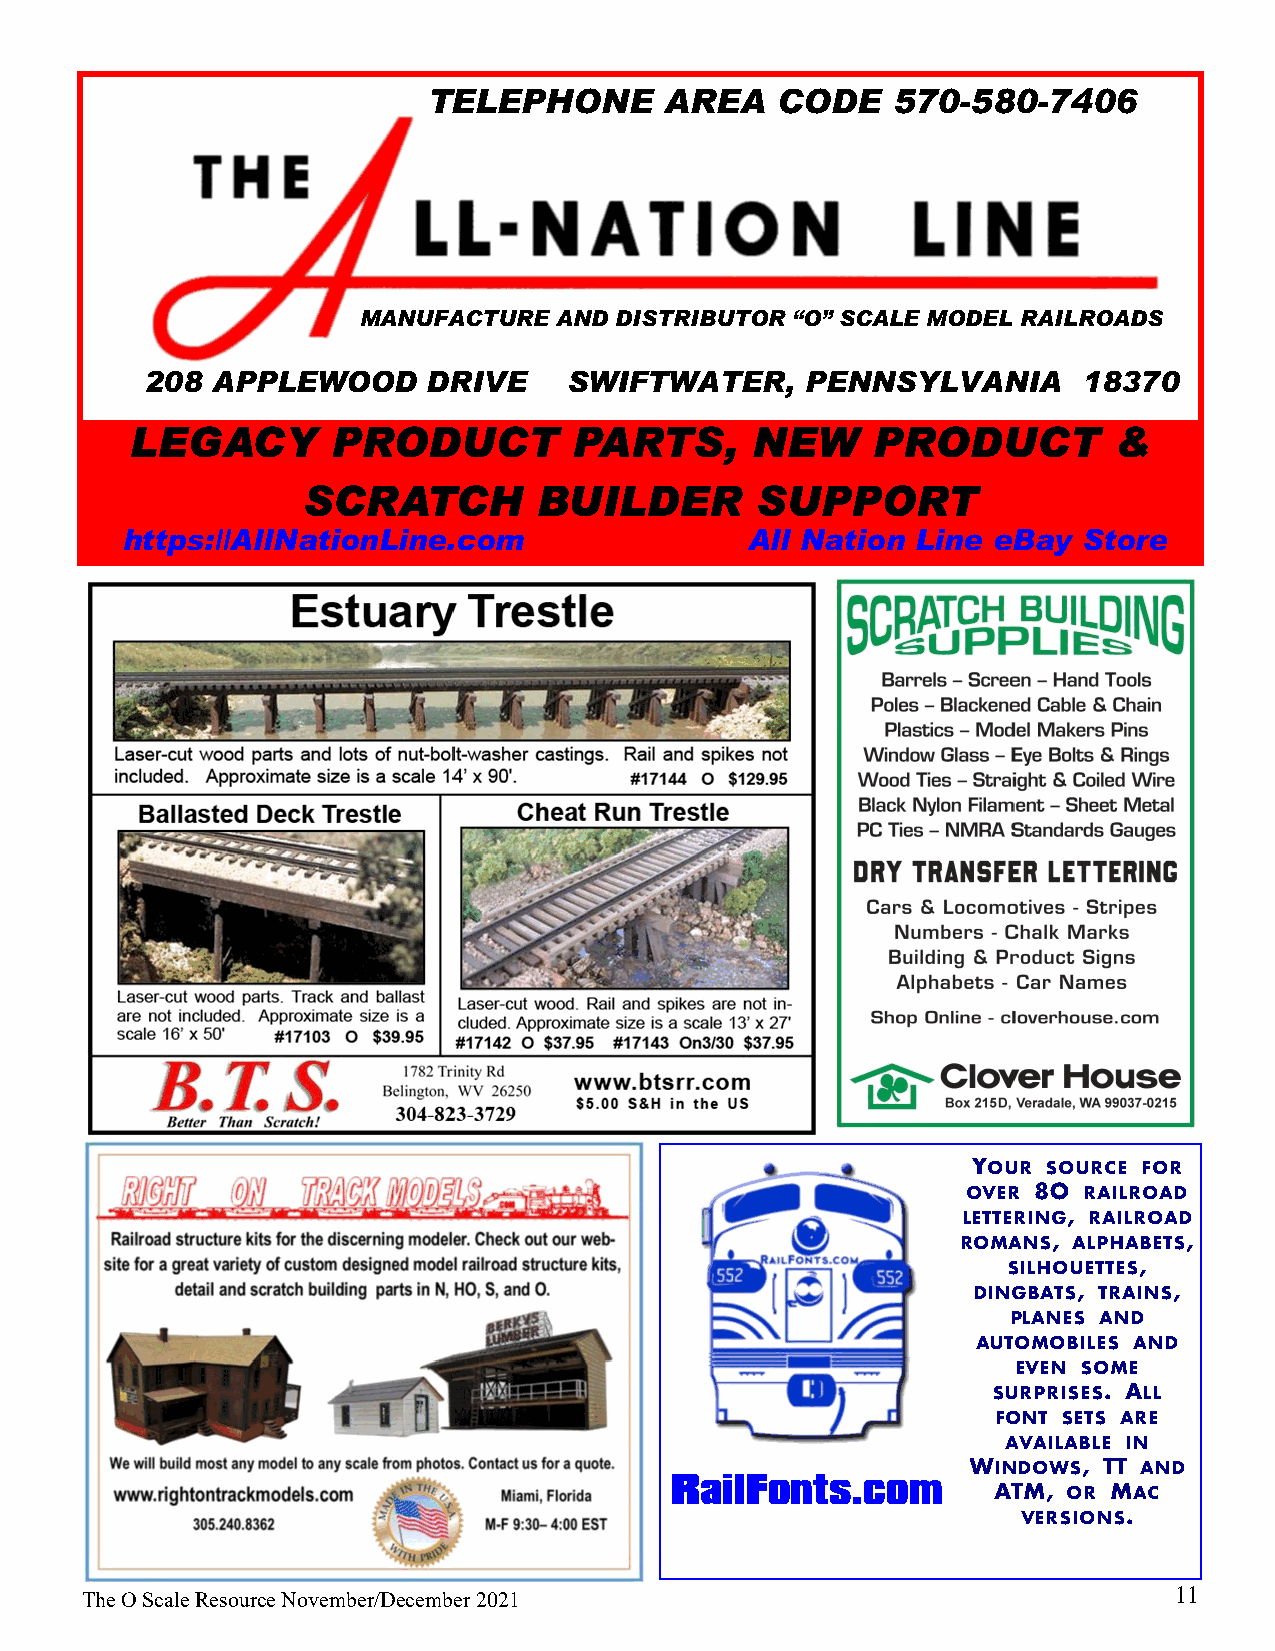
TELEPHONE       AREA   CODE    570-580-7406
 MANUFACTURE  AND DISTRIBUTOR “O” SCALE MODEL RAILROADS
 208 APPLEWOOD     DRIVE     SWIFTWATER,    PENNSYLVANIA       18370
 https://AllNationLine.com                 All Nation Line eBay  Store
 Your source for
 over 80 railroad
 lettering, railroad
 romans, alphabets,
 silhouettes,
 dingbats, trains,
 planes and
 automobiles and
 even some
 surprises. All
 font sets are
 available in
 Windows, TT and
 RailFonts.com         ATM, or Mac
 versions.
 11
 The O Scale Resource November/December 2021